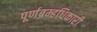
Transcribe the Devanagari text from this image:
पूर्णब्रम्हधिकारी